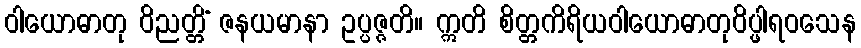
ဝါယောဓာတု ဝိညတ္တိံ ဇနယမာနာ ဥပ္ပဇ္ဇတိ။ ဣတိ စိတ္တကိရိယဝါယောဓာတုဝိပ္ဖါရဝသေန